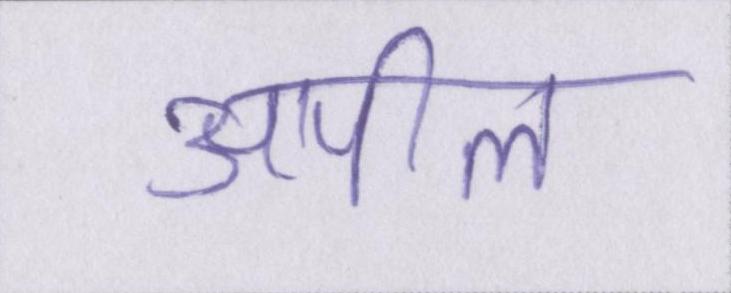
अपील